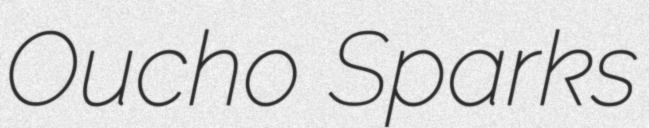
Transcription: Oucho Sparks